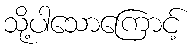
သို့ပါသောကြောင့်